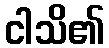
ငါသိ၏